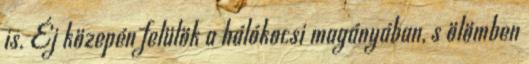
is. Éj közepén felülök a hálókocsi magányában, s ölömben